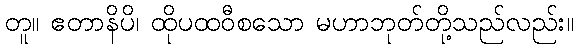
တူ။ ဧတာနိပိ၊ ထိုပထဝီစသော မဟာဘုတ်တို့သည်လည်း။